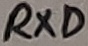
Text: RXD